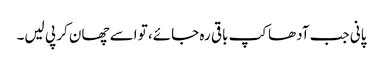
پانی جب آدھاکپ باقی رہ جائے، تو اسے چھان کر پی لیں۔